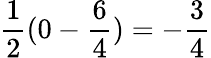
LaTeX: {\frac{1}{2}}(0-{\frac{6}{4}})=-{\frac{3}{4}}